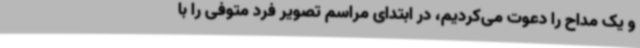
و یک مداح را دعوت می‌کردیم، در ابتدای مراسم تصویر فرد متوفی را با